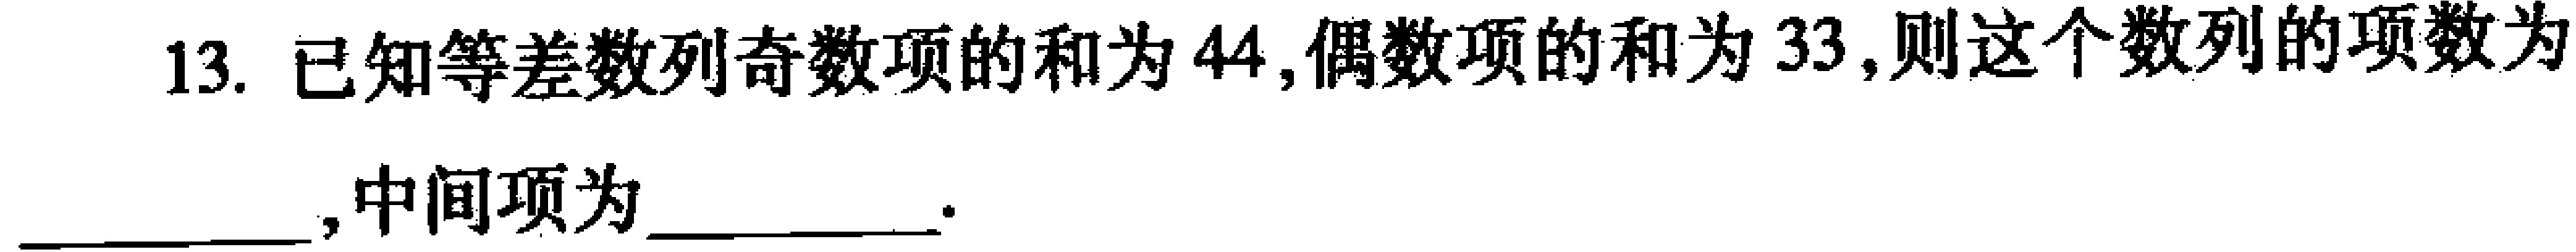
13. 已知等差数列奇数项的和为 \(44\),偶数项的和为 \(33\),则这个数列的项数为  ，中间项为  ．